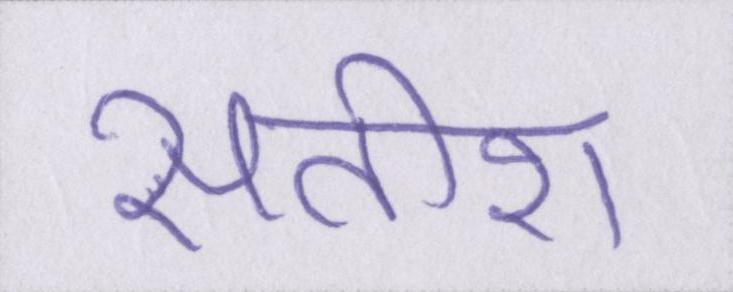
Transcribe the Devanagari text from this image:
सतीश